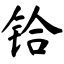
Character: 铪